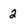
Character: 2